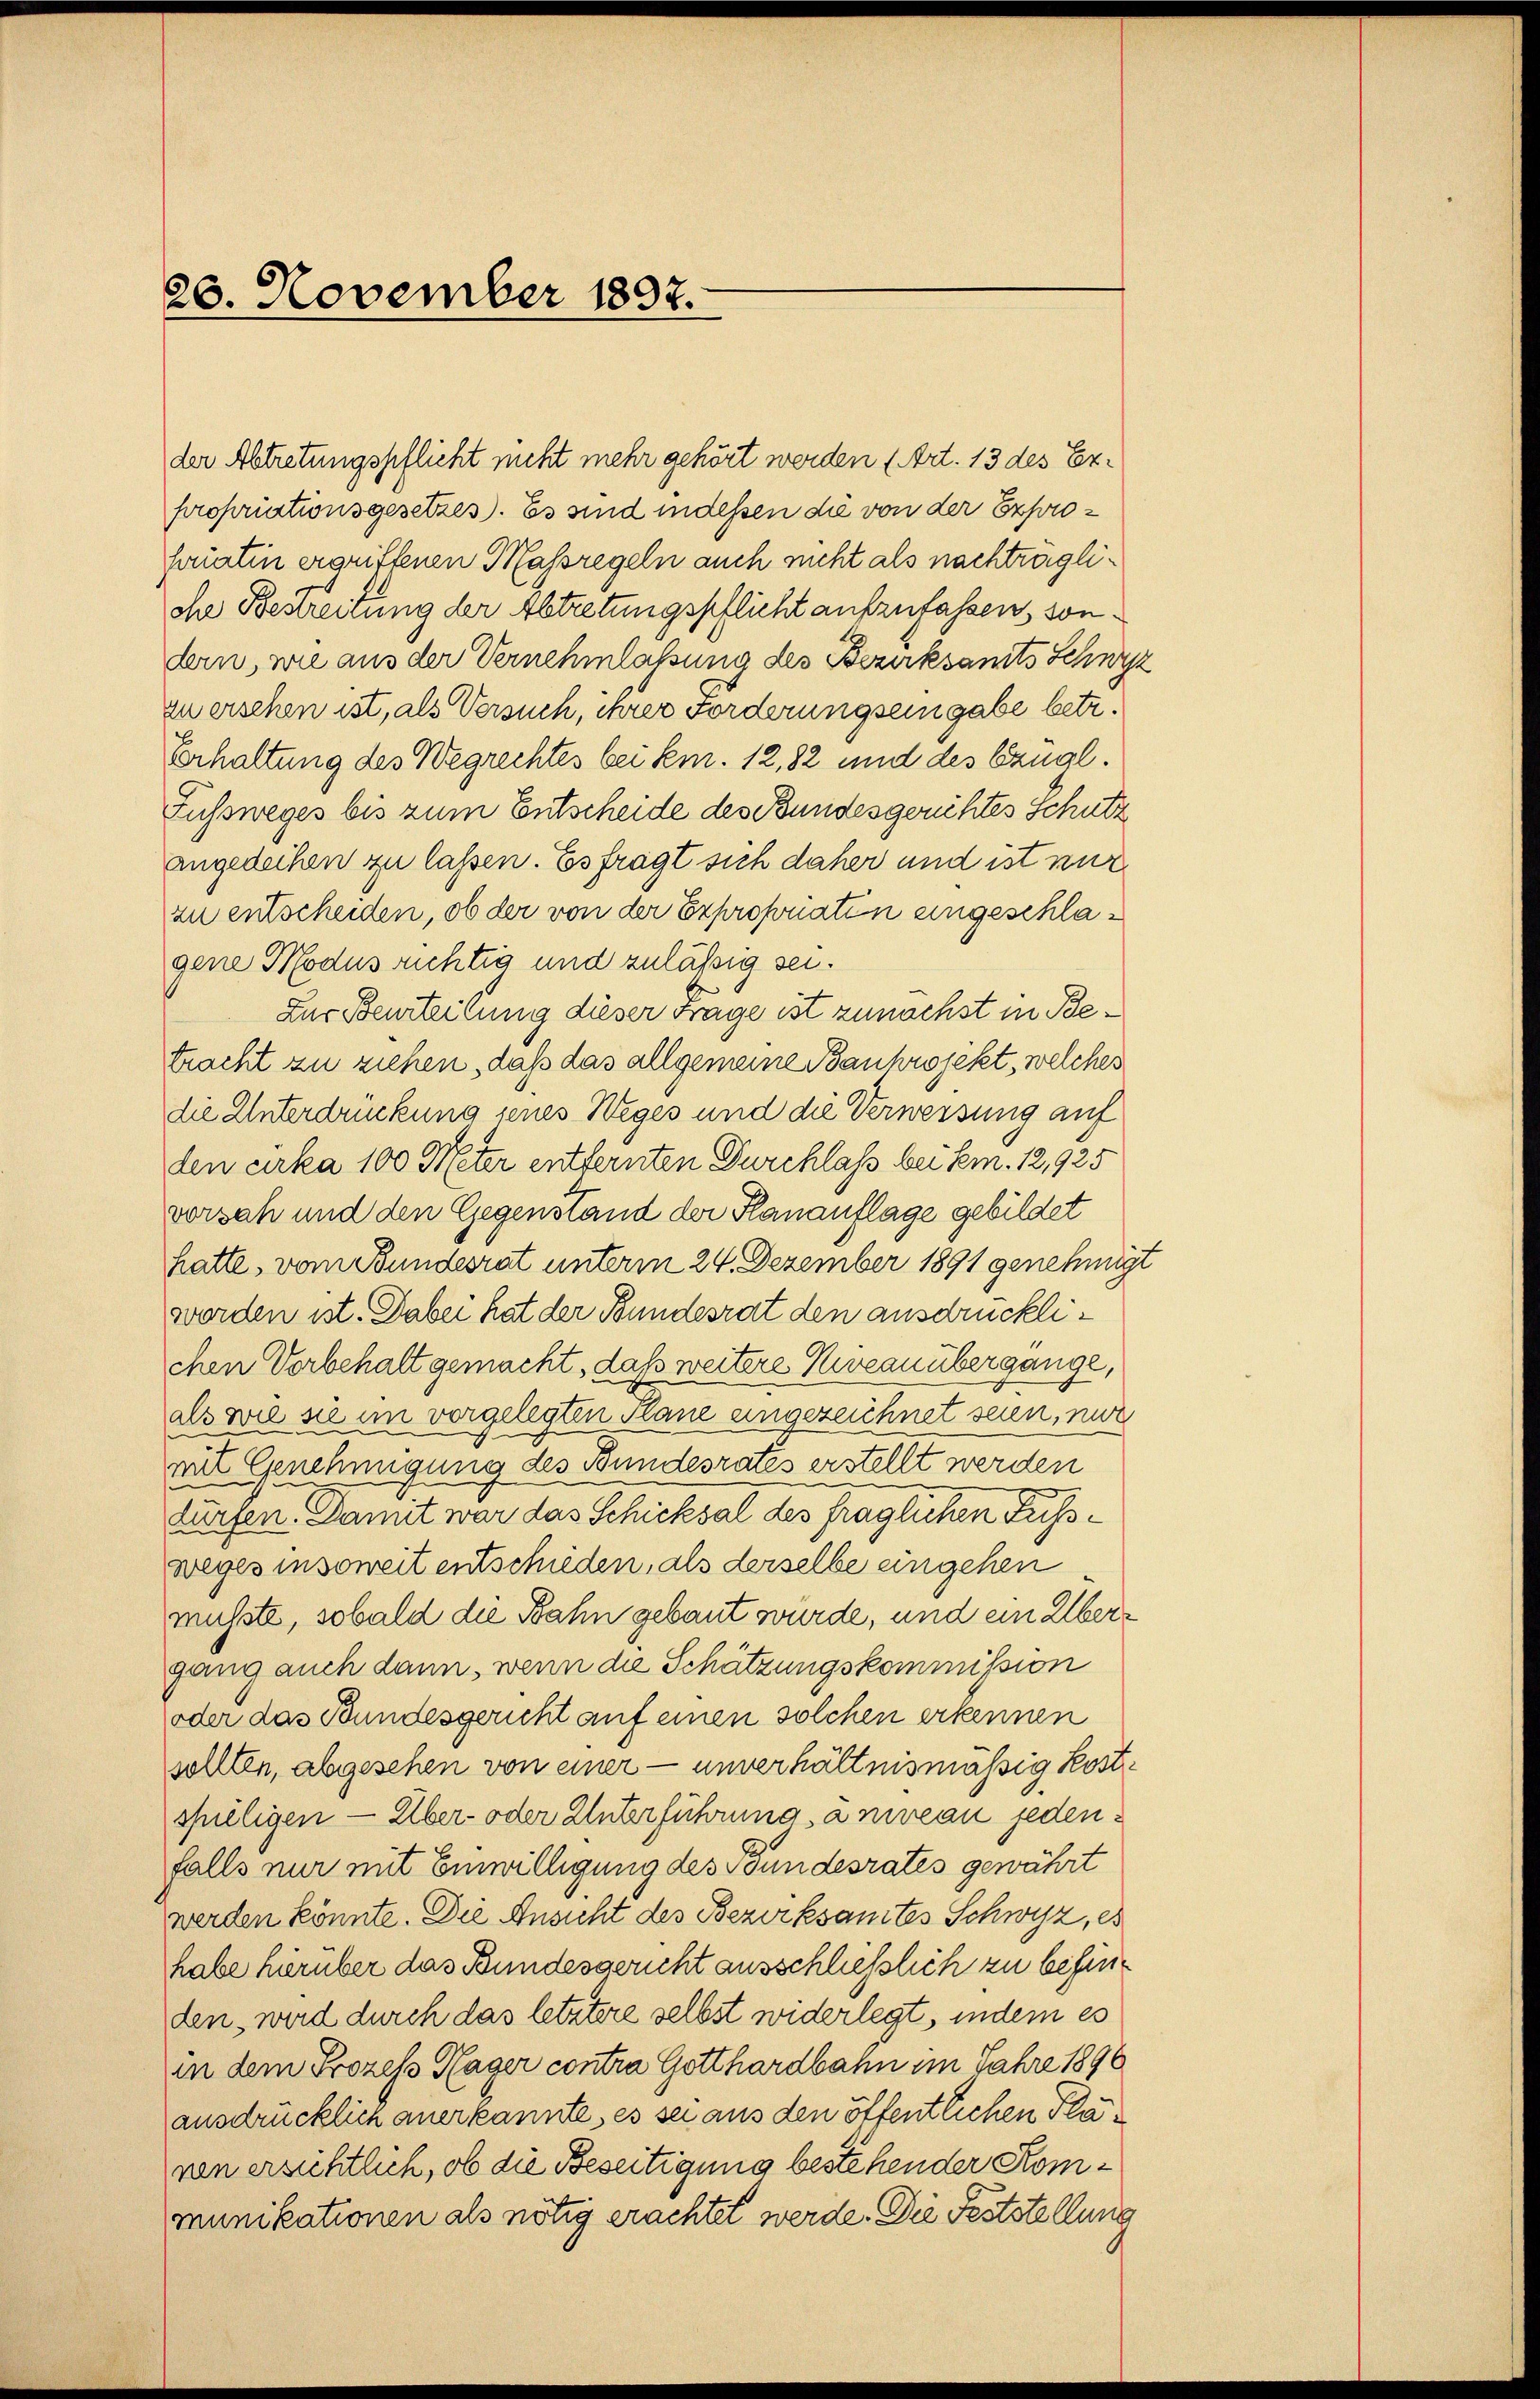
26. November 1897.

der Abtretungspflicht nicht mehr gehört werden (Art. 13 des Expropriationsgesetzes). Es sind indessen die von der Exprofurtin ergriffenen Massregeln auch nicht als nachträgliohe Bestreitung der Abtretungspflicht aufzufassen, sondem, wie aus der Vernehmlassung des Bezirksamts Schwyz
zu ersehen ist, als Versuch, ihrer Forderung seingabe betr.
Erhaltung des Wegrechtes bei kem. 12, 82 und des Exugl.
Fussweges bis zum Entscheide des Bundesgerichtes Schutz
angedechen zu lassen. Es frägt sich daher und ist nur
zu entscheiden, ob der von der Expropriaten eingeschlagene Modus richtig und zuläßig sei.
Zur Beurteilung dieser Frage ist zunächst in Betracht zu ziehen, daß das allgemeine Bauhrojekt, welches
die Unterdrückung jenes Weges und die Verweisung auf
den cirka 100 Meter entfernten Durchlass bei sem. 12,925
vorsah und den Gegenstand der Hanauflage gebildet
hatte, vom Bundesrat unterm 24. Dezember 1891 genehmigt
worden ist. Dabei hat der Bundesrat den ausdrücklichen Vorbehalt gemacht, daß weitere Niveau übergange,
als wie sie im vorgelegten Plane eingezeichnet seien, nur
mit Genehmigung des Bundesrates erstellt werden
harfen. Damit war das Schicksal des fraglichen Fussweges insoweit entschieden, als derselbe eingehen
musste, sobald die Bahn gebaut wurde, und ein Übergang auch dann, wenn die Schätzungskommission
oder das Bundesgericht auf einen solchen erkennen
sollten, abgesehen von einer — unverhältnismässig kostspieligen — Über- oder Unterführung, a niveau jedenfalls nur mit Einwilligung des Bundesrates gewährt
werden könnte. Die Ansicht des Bezirksamtes Schwyz, es
habe hierüber das Bundesgericht ausschließlich zu befinden, wird durch das letztere selbst widerlegt, indem es
in dem Prozess Hager contra Gotthardbahn im Jahre 1896
ausdrücklich anerkannte, es sei aus den öffentlichen Plavon ersichtlich, ob die Beseitigung bestehender Kommunikationen als nötig erachtet werde. Die Feststellung